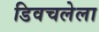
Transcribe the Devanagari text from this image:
डिवचलेला